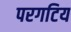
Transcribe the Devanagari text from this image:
परगटिय